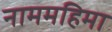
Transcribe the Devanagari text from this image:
नाममहिमा